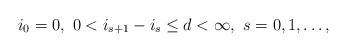
LaTeX: \begin{align*} i _{0}=0, \ 0 < i _{s+1}-i _{s} \leq d< \infty, \ s=0,1, \ldots ,\end{align*}